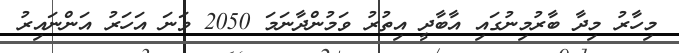
މިހާރު މިދާ ބާރުމިނުގައި އާބާދީ އިތުރު ވަމުންދާނަމަ 2050 ވަނަ އަހަރު އަންނައިރު